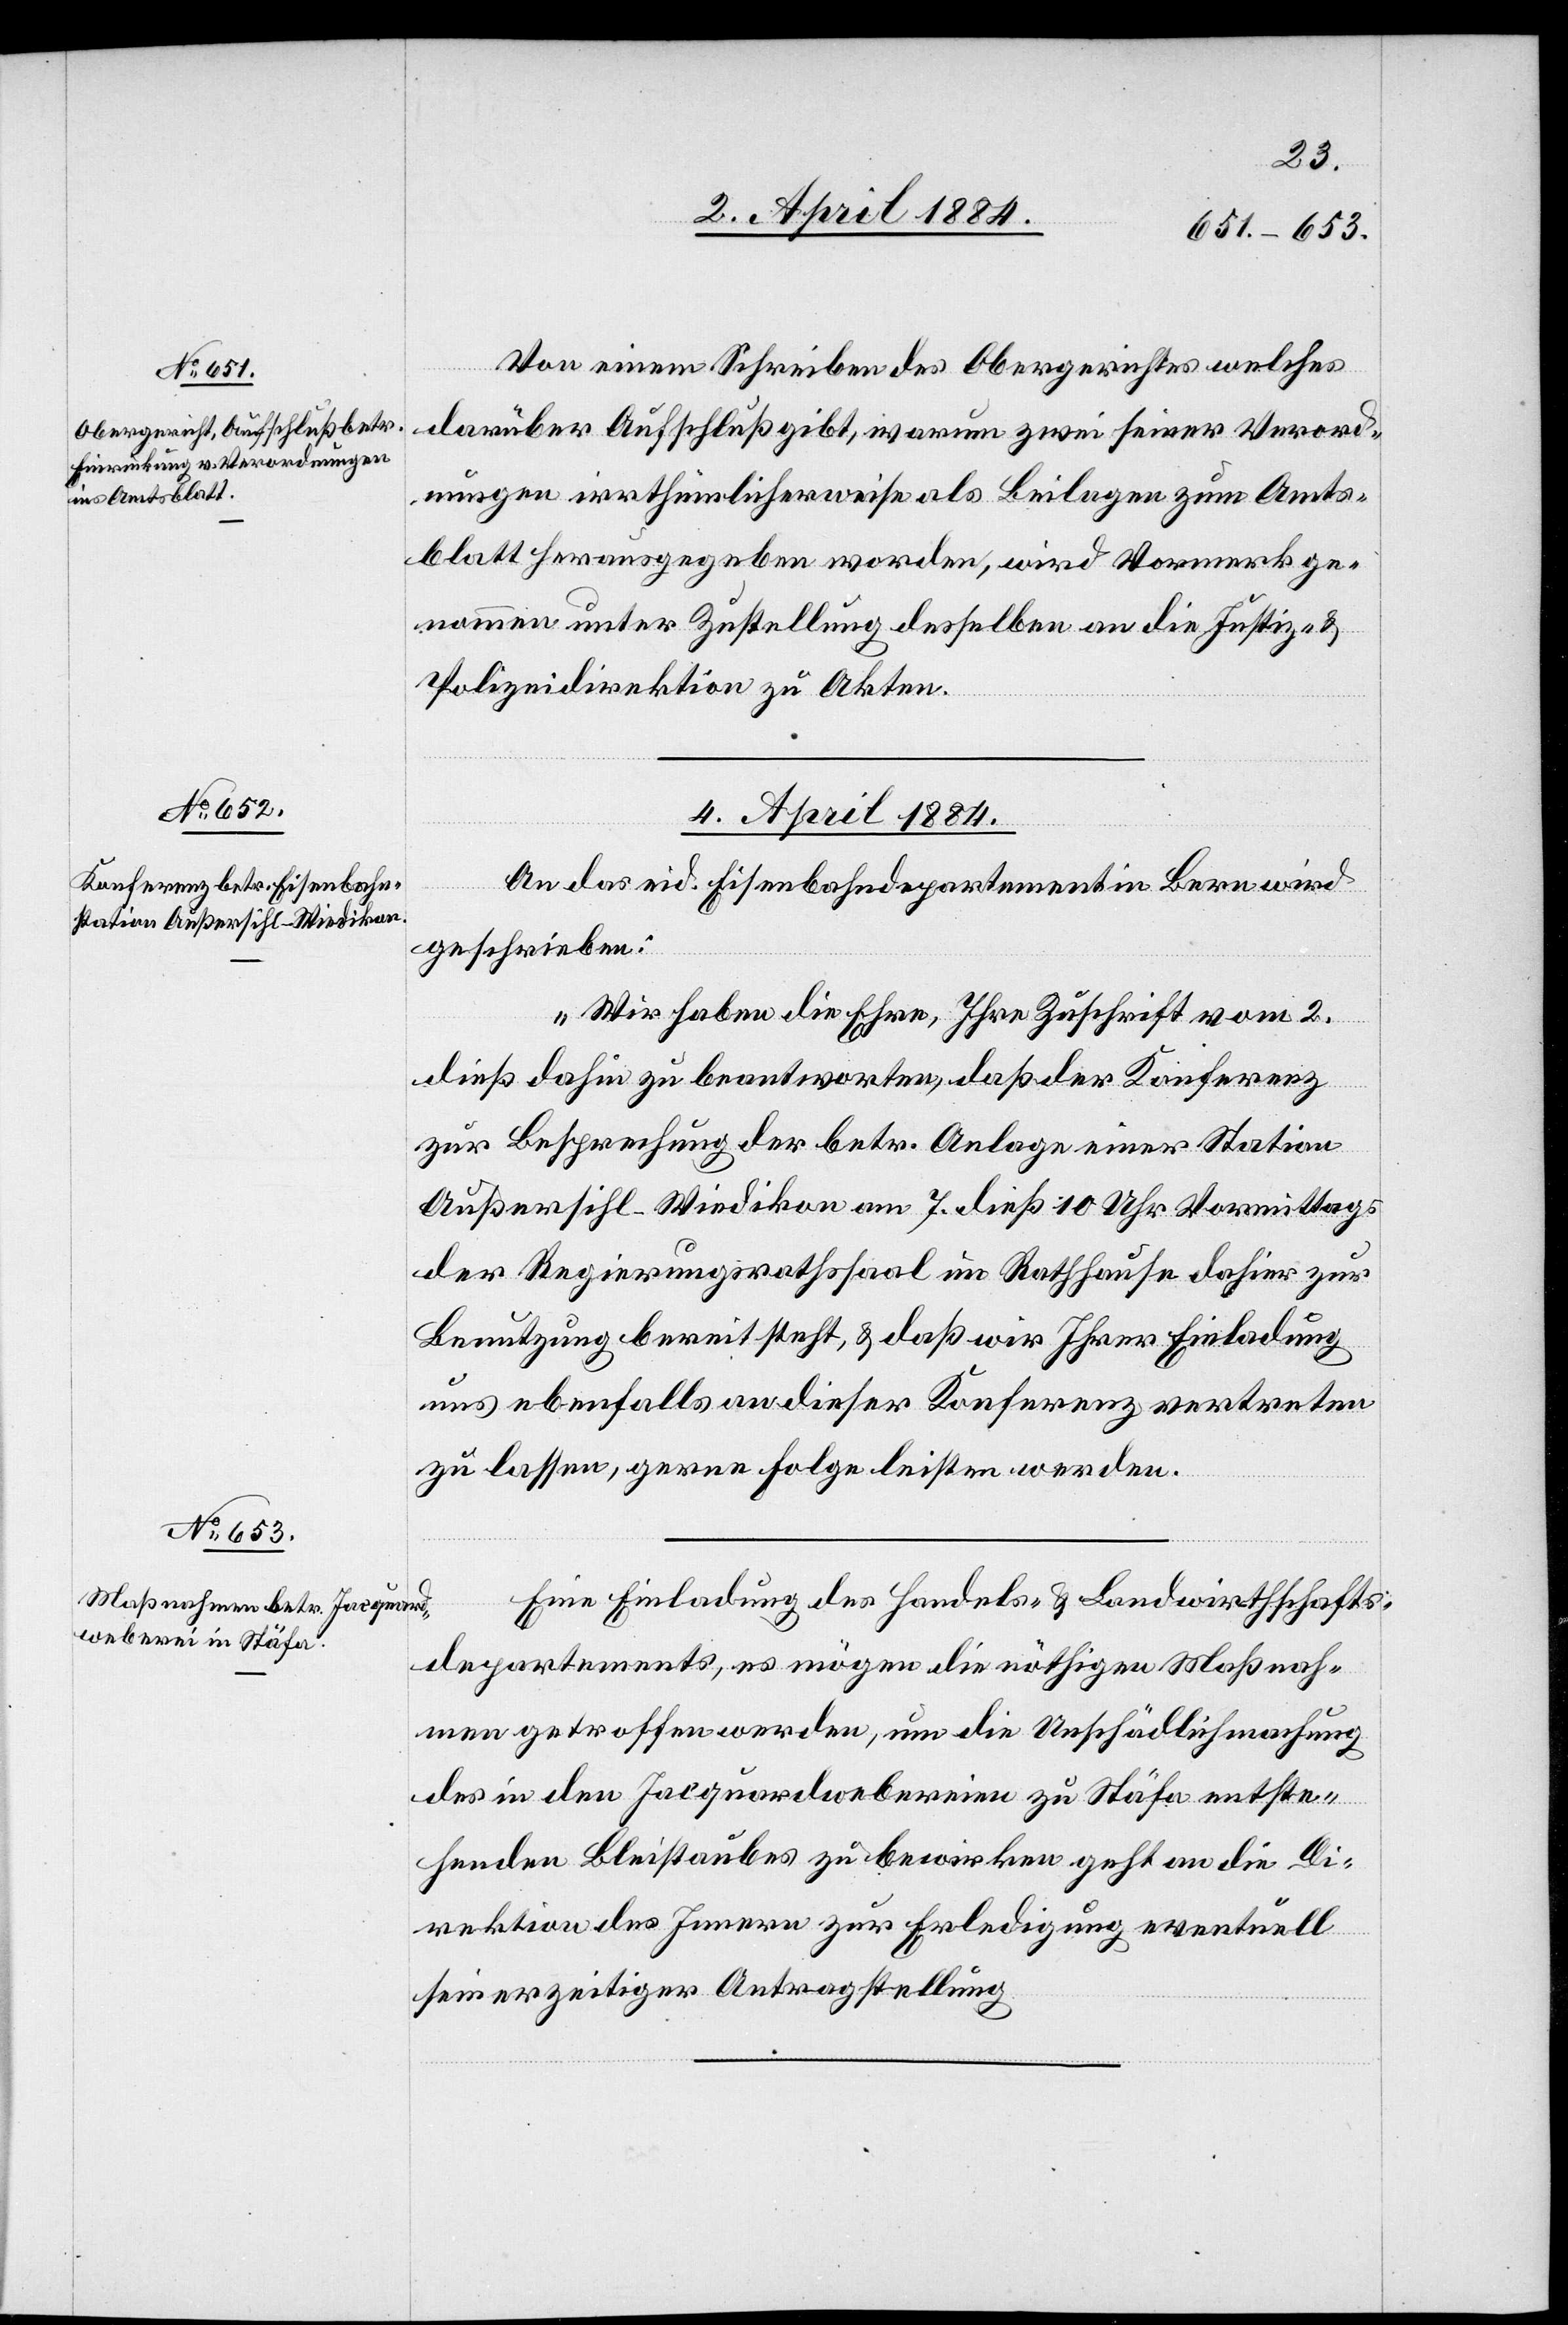
2. April 1884.]
Von einem Schreiben des Obergerichtes welches
darüber Aufschluß gibt, warum zwei seiner Verord¬
nungen irrthümlicherweise als Beilagen zum Amts¬
blatt herausgegeben worden, wird Vormerk ge¬
nommen unter Zustellung desselben an die Justiz- &
Polizeidirektion zu Akten.
4. April 1884.]
An das eid. Eisenbahndepartement in Bern wird
geschrieben:
„Wir haben die Ehre, Ihre Zuschrift vom 2.
dieß dahin zu beantworten, daß der Konferenz
zur Besprechung der betr. Anlage einer Station
Außersihl-Wiedikon am 7. dieß 10 Uhr Vormittags
der Regierungsrathssaal im Rathause dahier zur
Benutzung bereit steht, & daß wir Ihrer Einladung
uns ebenfalls an dieser Konferenz vertreten
zu lassen, gerne Folge leisten werden.“
Eine Einladung des Handels- & Landwirthschafts¬
departements, es mögen die nöthigen Maßnah¬
men getroffen werden, um die Unschädlichmachung
des in den Jacquardwebereien zu Stäfa entste¬
henden Bleistaubes zu bewirken geht an die Di¬
rektionen des Innern zur Erledigung eventuell
seinerzeitiger Antragstellung.